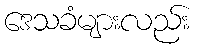
ဒေသခံများလည်း